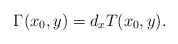
\begin{align*} \Gamma(x_0,y)=d_xT(x_0,y).\end{align*}